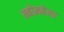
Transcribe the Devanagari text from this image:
म्बोमबेला